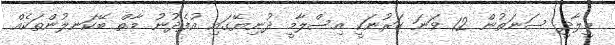
މީލާދީ ސަނަތުން 12 ވަނަ ގަރުނަކީ އިސްލާމީ ދުނިޔޭގައި އުފެދުނު މާތް ބޭކަނލުންތަކެއް